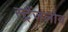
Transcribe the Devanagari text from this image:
स्ट्रैंजलोव